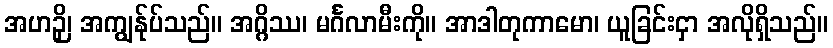
အဟဉှိ၊ အကျွန်ုပ်သည်။ အဂ္ဂိဿ၊ မင်္ဂလာမီးကို။ အာဒါတုကာမော၊ ယူခြင်းငှာ အလိုရှိသည်။